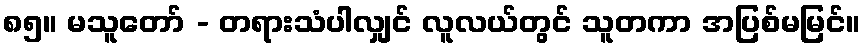
၈၅။ မသူတော် - တရားသံပါလျှင် လူလယ်တွင် သူတကာ အပြစ်မမြင်။